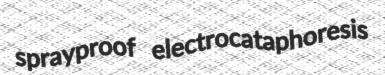
sprayproof electrocataphoresis